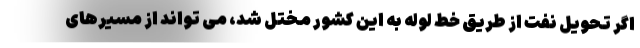
اگر تحویل نفت از طریق خط لوله به این کشور مختل شد، می تواند از مسیرهای